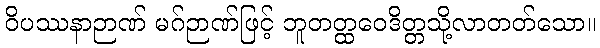
ဝိပဿနာဉာဏ် မဂ်ဉာဏ်ဖြင့် ဘူတတ္ထဝေဒိတ္တသို့လာတတ်သော။